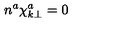
n ^ { a } \chi _ { k \bot } ^ { a } = 0